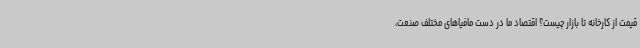
قیمت از کارخانه تا بازار چیست؟ اقتصاد ما در دست مافیاهای مختلف صنعت،